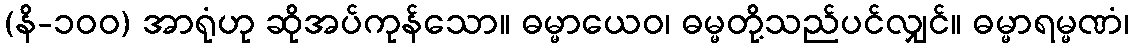
(နိ-၁၀၀) အာရုံဟု ဆိုအပ်ကုန်သော။ ဓမ္မာယေဝ၊ ဓမ္မတို့သည်ပင်လျှင်။ ဓမ္မာရမ္မဏံ၊